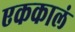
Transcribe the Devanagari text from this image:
एककालं